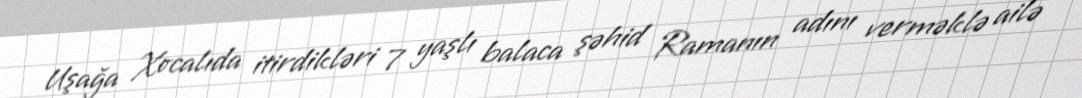
Uşağa Xocalıda itirdikləri 7 yaşlı balaca şəhid Ramanın adını verməklə ailə